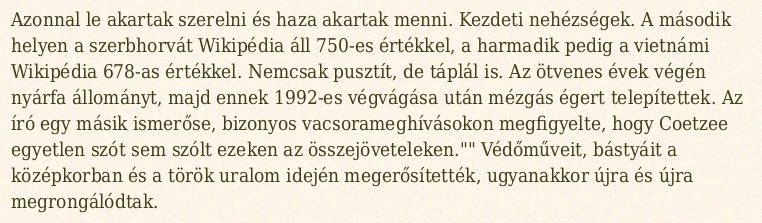
Azonnal le akartak szerelni és haza akartak menni. Kezdeti nehézségek. A második helyen a szerbhorvát Wikipédia áll 750-es értékkel, a harmadik pedig a vietnámi Wikipédia 678-as értékkel. Nemcsak pusztít, de táplál is. Az ötvenes évek végén nyárfa állományt, majd ennek 1992-es végvágása után mézgás égert telepítettek. Az író egy másik ismerőse, bizonyos vacsorameghívásokon megfigyelte, hogy Coetzee egyetlen szót sem szólt ezeken az összejöveteleken."" Védőműveit, bástyáit a középkorban és a török uralom idején megerősítették, ugyanakkor újra és újra megrongálódtak.